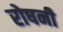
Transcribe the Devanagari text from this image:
रोषनी